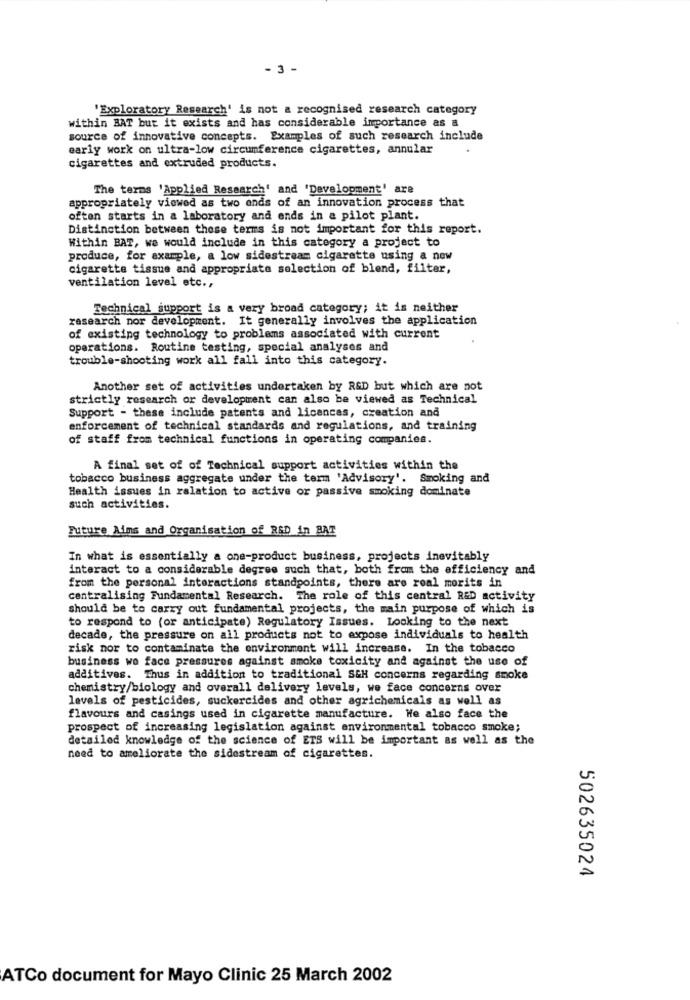
- 3 -
'Exploratory Research' is not a recognised research category
within BAT but it exists and has considerable importance as a
source of innovative concepts. Examples of such research include
early work on ultra-low circumference cigarettes, annular
cigarettes and extruded products.
The terms 'Applied Research' and 'Development' are
appropriately viewed as two ends of an innovation process that
often starts in a laboratory and ends in a pilot plant.
Distinction between these terms is not important for this report.
Within BAT, we would include in this category a project to
produce, for example, a low sidestream cigarette using a new
cigarette tissue and appropriate selection of blend, filter,
ventilation level etc .,
Technical support is a very broad category; it is neither
research nor development. It generally involves the application
of existing technology to problems associated with current
operations. Routine testing, special analyses and
trouble-shooting work all fall into this category.
Another set of activities undertaken by R&D but which are not
strictly research or development can also be viewed as Technical
Support - these include patents and licences, creation and
enforcement of technical standards and regulations, and training
of staff from technical functions in operating companies.
A final set of of Technical support activities within the
tobacco business aggregate under the term 'Advisory'. Smoking and
Health issues in relation to active or passive smoking dominate
such activities.
Future Aims and Organisation of R&D in BAT
In what is essentially a one-product business, projects inevitably
interact to a considerable degree such that, both from the efficiency and
from the personal interactions standpoints, there are real morits in
centralising Fundamental Research. The role of this central R&D activity
should be to carry out fundamental projects, the main purpose of which is
to respond to (or anticipate) Regulatory Issues. Looking to the next
decade, the pressure on all products not to expose individuals to health
risk nor to contaminate the environment will increase. In the tobacco
business we face pressures against smoke toxicity and against the use of
additives. Thus in addition to traditional SCH concerns regarding smoke
chemistry/biology and overall delivery levels, we face concerns over
levels of pesticides, suckercides and other agrichemicals as well as
flavours and casings used in cigarette manufacture. He also face the
prospect of increasing legislation against environmental tobacco smoke;
detailed knowledge of the science of ETS will be important as well as the
need to ameliorate the sidestream of cigarettes.
502635024
ATCo document for Mayo Clinic 25 March 2002